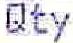
QTY